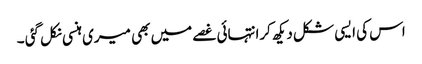
اس کی ایسی شکل دیکھ کرانتہائی غصے میں بھی میری ہنسی نکل گئی ۔